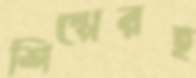
শিল্পেরই